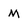
Character: m